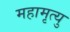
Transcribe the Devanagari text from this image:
महामृत्यु